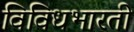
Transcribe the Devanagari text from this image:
विविधभारती